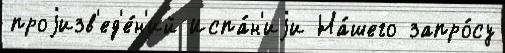
проjизв'ед'е́н'ий Испа́н'иjи На́шего запро́су